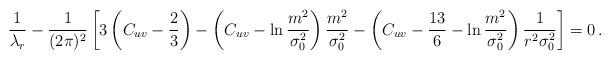
LaTeX: \begin{align*}\frac{1}{\lambda_{r}} -\frac{1}{(2\pi)^{2}}\left[ 3\left(C_{uv}-\frac{2}{3}\right) -\left(C_{uv}-\ln\frac{m^{2}}{\sigma_{0}^{2}}\right) \frac{m^{2}}{\sigma_{0}^{2}} -\left(C_{uv}-\frac{13}{6}-\ln\frac{m^{2}}{\sigma_{0}^{2}}\right) \frac{1}{r^{2}\sigma_{0}^{2}}\right] =0\, .\end{align*}